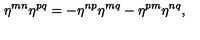
\eta ^ { m n } \eta ^ { p q } = - \eta ^ { n p } \eta ^ { m q } - \eta ^ { p m } \eta ^ { n q } ,